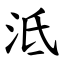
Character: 泜